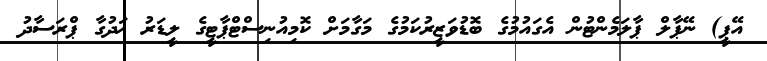
އޭޕީ) ނޭޕާލް ޕާލަމެންޓުން އެގައުމުގެ ބޮޑުވަޒީރުކަމުގެ މަގާމަށް ކޮމިއުނިސްޓްޕާޓީގެ ލީޑަރު ޚަދުގާ ޕްރަސާދު